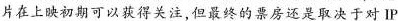
片在上映初期可以获得关注,但最终的票房还是取决于对IP